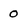
Character: 0